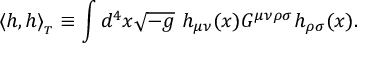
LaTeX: \langle h , h \rangle _ { _ T } \equiv \int d ^ { 4 } x \sqrt { - g } \ h _ { \mu \nu } ( x ) G ^ { \mu \nu \rho \sigma } h _ { \rho \sigma } ( x ) .